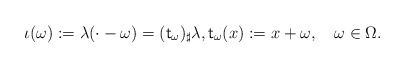
\begin{align*} \iota(\omega):=\lambda(\cdot-\omega)=(\mathsf t_\omega)_\sharp\lambda, \mathsf t_\omega(x):=x+\omega,\quad\omega\in \Omega.\end{align*}